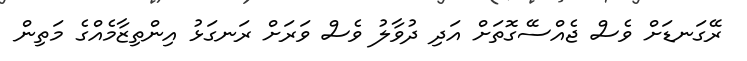
ރޭގަނޑަށް ވެސް ޖެއްސޭގޮތަށް އަދި ދުވާލު ވެސް ވަރަށް ރަނގަޅު އިންތިޒާމެއްގެ މަތިން